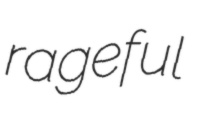
rageful